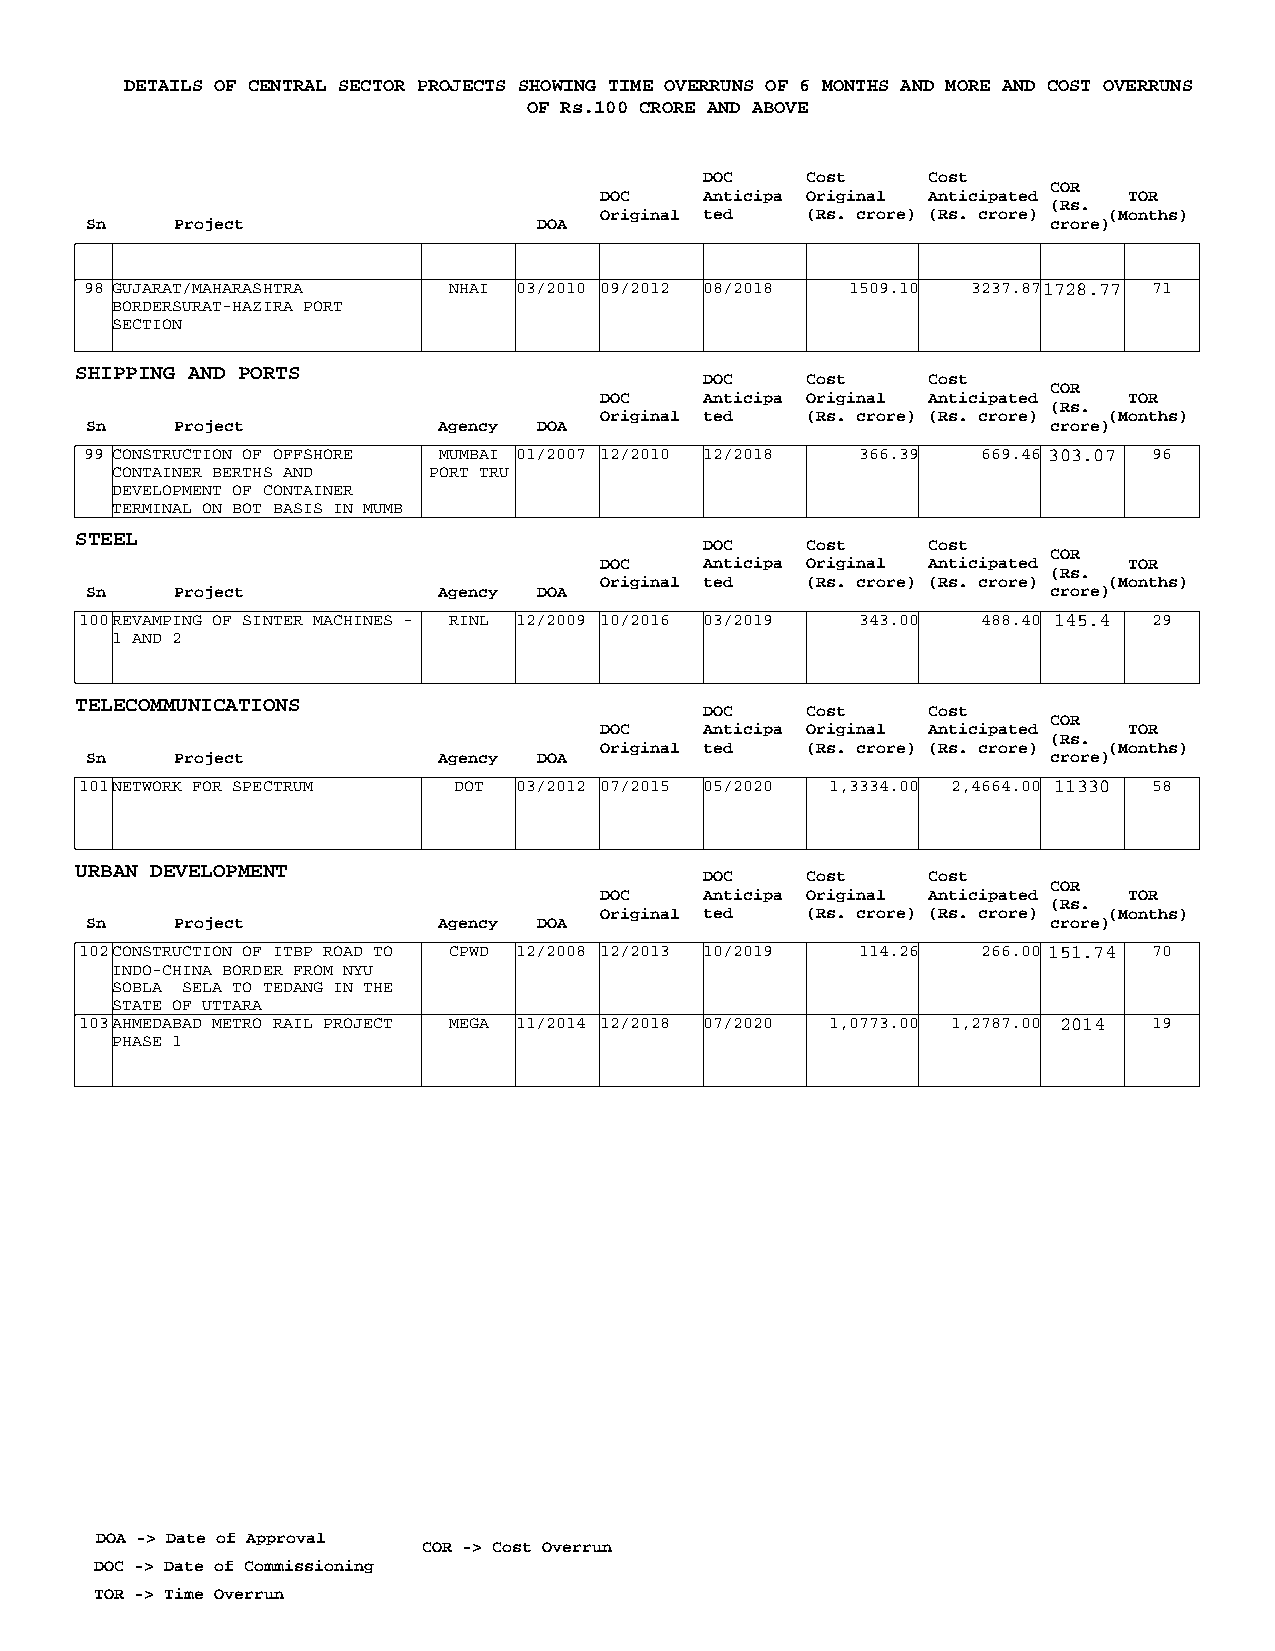
DETAILS OF CENTRAL SECTOR PROJECTS SHOWING TIME OVERRUNS OF 6 MONTHS AND MORE AND COST OVERRUNS
 OF Rs.100 CRORE AND ABOVE
 DOC   Cost    Cost
 COR
 DOC    Anticipa Original Anticipated TOR
 (Rs.
 Original ted (Rs. crore) (Rs. crore) (Months)
 Sn    Project                 DOA                               crore)
 98 GUJARAT/MAHARASHTRA  NHAI 03/2010 09/2012 08/2018 1509.10 3237.871728.77 71
 BORDERSURAT-HAZIRA PORT
 SECTION
 SHIPPING AND PORTS
 DOC   Cost    Cost
 COR
 DOC    Anticipa Original Anticipated TOR
 (Rs.
 Original ted (Rs. crore) (Rs. crore) (Months)
 Sn    Project          Agency DOA                               crore)
 99 CONSTRUCTION OF OFFSHORE MUMBAI 01/2007 12/2010 12/2018 366.39 669.46 303.07 96
 CONTAINER BERTHS AND PORT TRU
 DEVELOPMENT OF CONTAINER
 TERMINAL ON BOT BASIS IN MUMB
 STEEL
 DOC   Cost    Cost
 COR
 DOC    Anticipa Original Anticipated TOR
 (Rs.
 Original ted (Rs. crore) (Rs. crore) (Months)
 Sn    Project          Agency DOA                               crore)
 100REVAMPING OF SINTER MACHINES - RINL 12/2009 10/2016 03/2019 343.00 488.40 145.4 29
 1 AND 2
 TELECOMMUNICATIONS
 DOC   Cost    Cost
 COR
 DOC    Anticipa Original Anticipated TOR
 (Rs.
 Original ted (Rs. crore) (Rs. crore) (Months)
 Sn    Project          Agency DOA                               crore)
 101NETWORK FOR SPECTRUM  DOT 03/2012 07/2015 05/2020 1,3334.00 2,4664.00 11330 58
 URBAN DEVELOPMENT
 DOC   Cost    Cost
 COR
 DOC    Anticipa Original Anticipated TOR
 (Rs.
 Original ted (Rs. crore) (Rs. crore) (Months)
 Sn    Project          Agency DOA                               crore)
 102CONSTRUCTION OF ITBP ROAD TO CPWD 12/2008 12/2013 10/2019 114.26 266.00 151.74 70
 INDO-CHINA BORDER FROM NYU
 SOBLA SELA TO TEDANG IN THE
 STATE OF UTTARA
 103AHMEDABAD METRO RAIL PROJECT MEGA 11/2014 12/2018 07/2020 1,0773.00 1,2787.00 2014 19
 PHASE 1
 DOA -> Date of Approval
 COR -> Cost Overrun
 DOC -> Date of Commissioning
 TOR -> Time Overrun